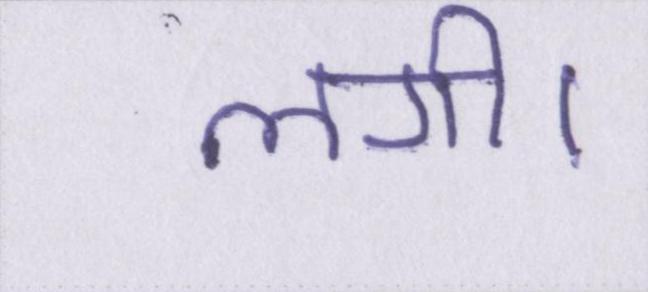
लगी।